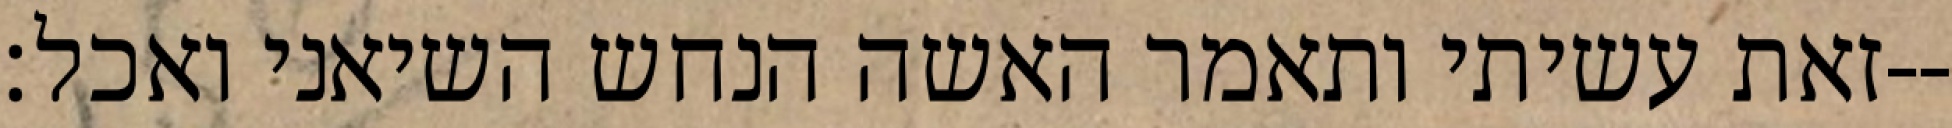
זאת עשיתי ותאמר האשה הנחש השיאני ואכל׃--